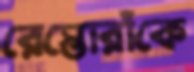
রেস্তোরাঁকে